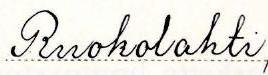
Ruokolahti